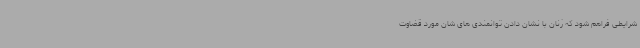
شرایطی فراهم شود که زنان با نشان دادن توانمندی های شان مورد قضاوت